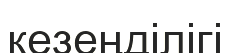
кезеңділігі